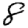
Digit: 8